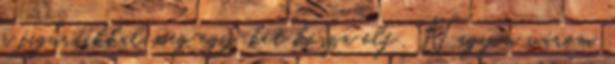
a figuráikkal meg egy-két kósza elf . Nagyon várom,